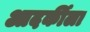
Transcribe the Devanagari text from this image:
आदर्कीला